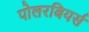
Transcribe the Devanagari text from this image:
पोलरबियर्स